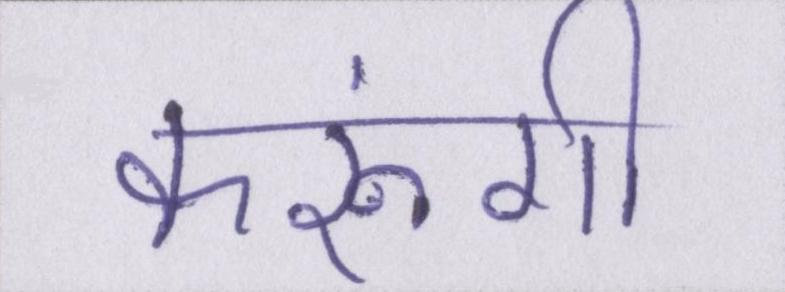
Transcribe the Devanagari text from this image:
करूंगी